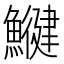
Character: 𩻥